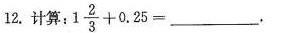
12. 计算：$$1 \frac { 2 } { 3 } +0 . 2 5 =$$ ___.